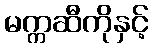
မက္ကဆီကိုနှင့်